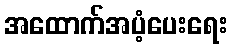
အထောက်အပံ့ပေးရေး